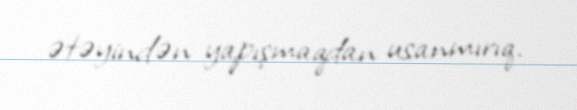
ətəyindən yapışmaqdan usanmırıq.